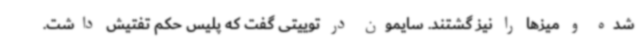
شده و میزها را نیز گشتند. سایمون در توییتی گفت که پلیس حکم تفتیش داشت.